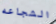
الشجاعه